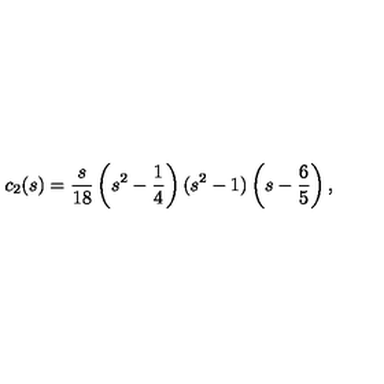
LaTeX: c _ { 2 } ( s ) = \frac { s } { 1 8 } \left( s ^ { 2 } - \frac { 1 } { 4 } \right) ( s ^ { 2 } - 1 ) \left( s - \frac { 6 } { 5 } \right) { , }